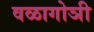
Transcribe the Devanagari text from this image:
वळागोञी